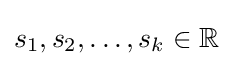
s_{1},s_{2},\ldots ,s_{k}\in \mathbb {R}